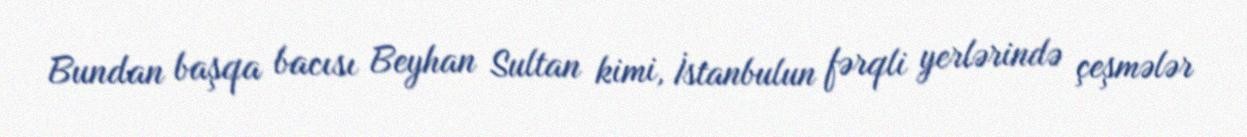
Bundan başqa bacısı Beyhan Sultan kimi, İstanbulun fərqli yerlərində çeşmələr